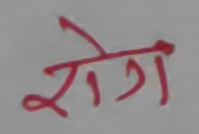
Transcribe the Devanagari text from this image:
रोग